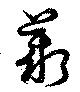
薪